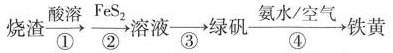
$$烧渣 \xrightarrow[①]{酸溶} \xrightarrow[②]{FeS_{2}} 溶液 \xrightarrow[③]{} 绿矾 \xrightarrow[④]{氨水/空气} 铁黄$$